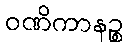
ဝဏိကာနဉ္စ